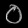
Digit: ၀